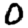
Digit: 0